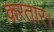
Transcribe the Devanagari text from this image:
करतार।